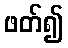
ဖတ်၍